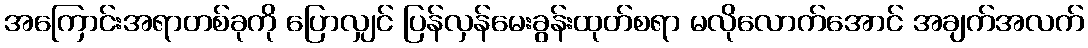
အကြောင်းအရာတစ်ခုကို ပြောလျှင် ပြန်လှန်မေးခွန်းထုတ်စရာ မလိုလောက်အောင် အချက်အလက်